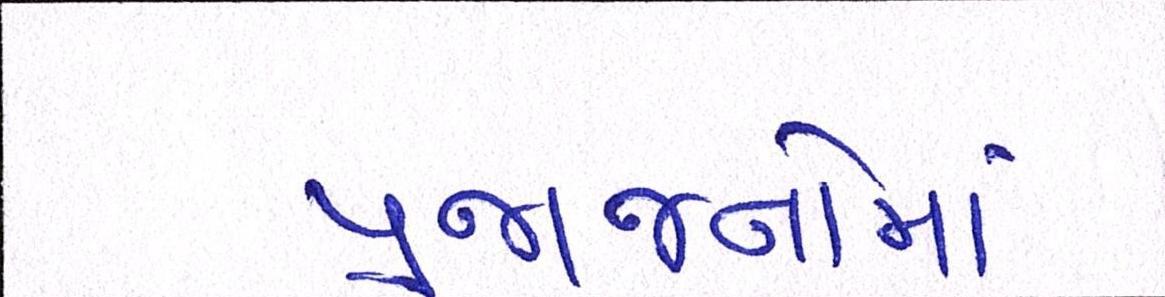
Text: પ્રજાજનોમાં